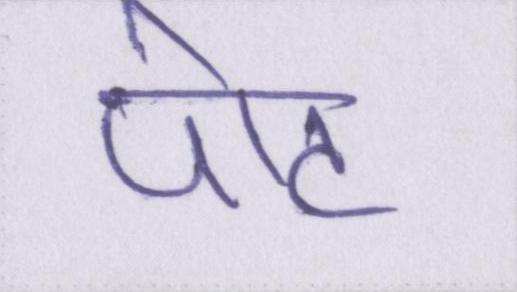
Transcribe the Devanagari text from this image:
पोट